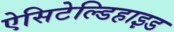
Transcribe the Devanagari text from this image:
ऐसिटेल्डिहाइड